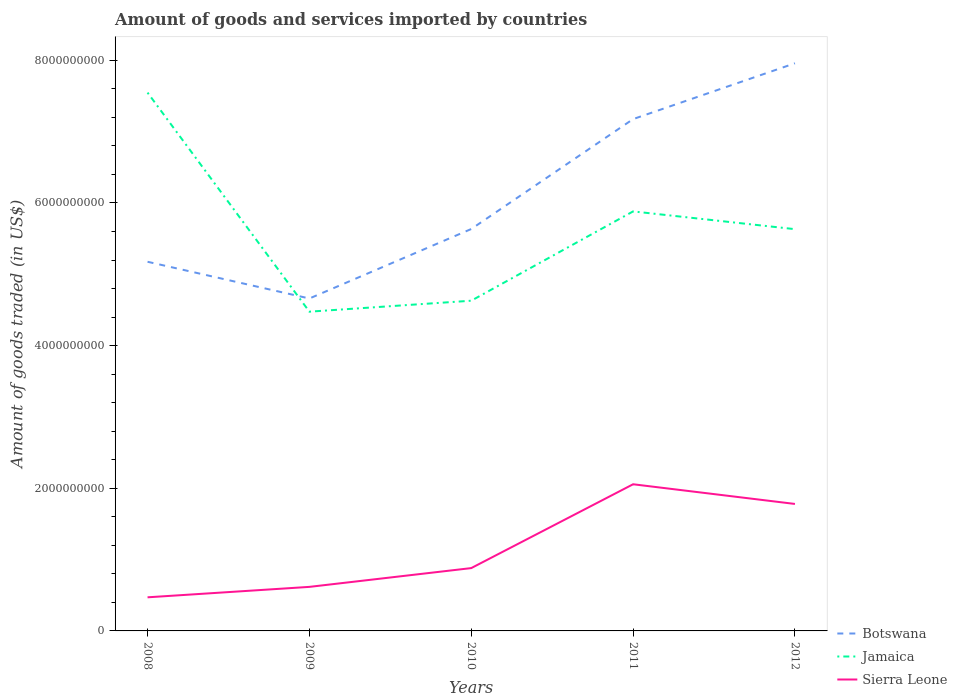
| Years | Botswana | Jamaica | Sierra Leone |
 | --- | --- | --- | --- |
 | 2008 | 5.18e+09 | 7.55e+09 | 4.71e+08 |
 | 2009 | 4.66e+09 | 4.48e+09 | 6.18e+08 |
 | 2010 | 5.63e+09 | 4.63e+09 | 8.81e+08 |
 | 2011 | 7.18e+09 | 5.88e+09 | 2.06e+09 |
 | 2012 | 7.96e+09 | 5.63e+09 | 1.78e+09 |